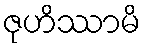
ဇုဟိဿာမိ